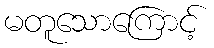
မတူသောကြောင့်